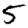
Digit: 5